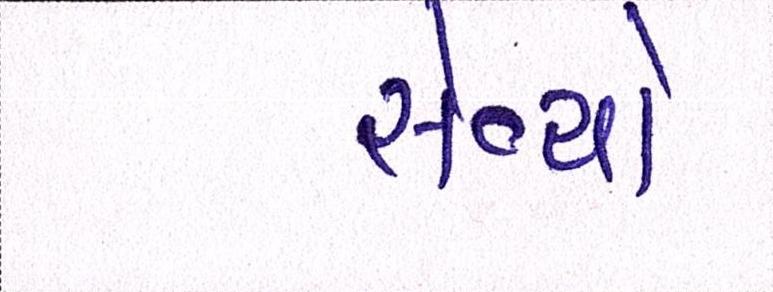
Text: સેવ્યો